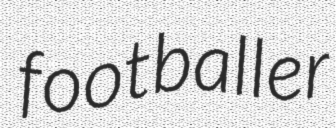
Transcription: footballer